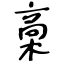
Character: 槀